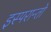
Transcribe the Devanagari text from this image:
इस्परान्तो